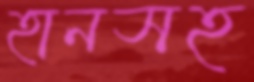
হানসহ